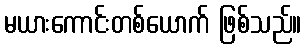
မယားကောင်းတစ်ယောက် ဖြစ်သည်။